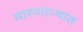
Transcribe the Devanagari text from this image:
मारणाऱ्यात